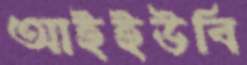
আইইউবি